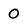
Character: 0